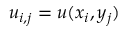
u _ { i , j } = u ( x _ { i } , y _ { j } )